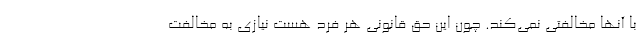
با آنها مخالفتی نمی‌کند. چون این حق قانونی هر فرد هست نیازی به مخالفت